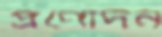
প্রণোদন